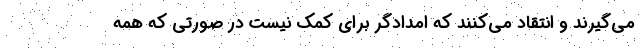
می‌گیرند و انتقاد می‌کنند که امدادگر برای کمک نیست در صورتی که همه